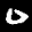
Label: 0